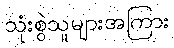
သုံးစွဲသူများအကြား